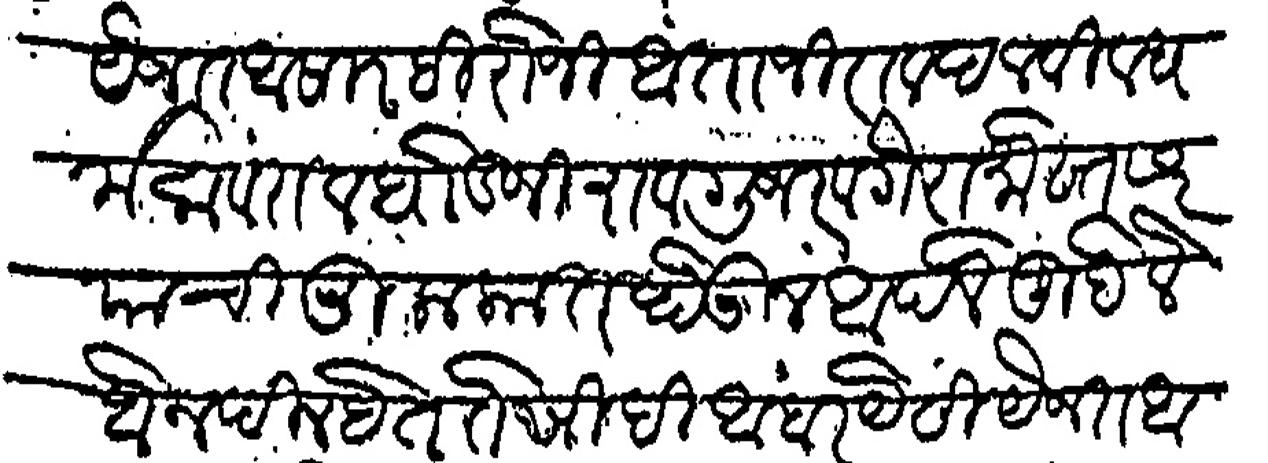
Transliteration (Devanagari): ईजत असार हिरोजी अंताजीराव दलवी व धर्मा सावंत व धोंडजीराव गुजर वगैरा मोख्तसर यांची मुलाकात होऊन आपले मुद्दे लेहोन दिल्हेत ते सिदी अंबर यैसी यैजत असार